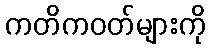
ကတိကဝတ်များကို